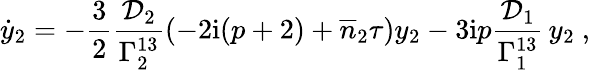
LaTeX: \dot{y}_{2}=-\frac{3}{2}\frac{\mathcal{D}_{2}}{\Gamma_{2}^{13}}\left(-2\mathrm{i}(p+2)+\overline{{n}}_{2}\tau\right)y_{2}-3\mathrm{i}p\frac{\mathcal{D}_{1}}{\Gamma_{1}^{13}}\, y_{2}\ ,